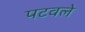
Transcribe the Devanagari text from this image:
पटवले